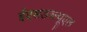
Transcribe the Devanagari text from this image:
ईएसडब्ल्यूएल